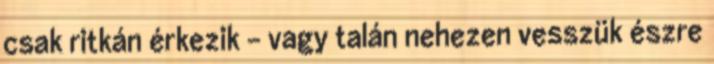
csak ritkán érkezik - vagy talán nehezen vesszük észre